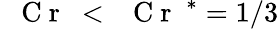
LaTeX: \mathrm{~\textit~{~C~r~}~}{}<\mathrm{~\textit~{~C~r~}~}^{*}=1/3